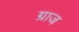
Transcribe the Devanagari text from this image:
ग्राज